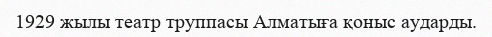
1929 жылы театр труппасы Алматыға қоныс аударды.